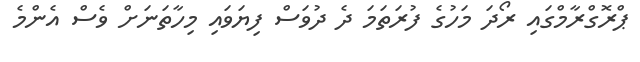
ޕްރޮގްރާމްގައި ރޯދަ މަހުގެ ފުރަތަމަ ދެ ދުވަސް ފިޔަވައި މިހާތަނަށް ވެސް އެންމެ